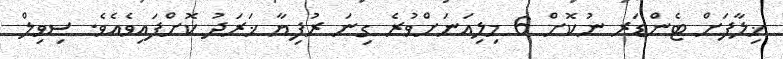
ޚިލާފަށް ޓެންޑަރ ނުކޮށް 6 މިލިއަނަށްވުރެ ގިނަ ރުފިޔާ ޚަރަދު ކޮށްފައިވެއެވެ. ސިވިލް